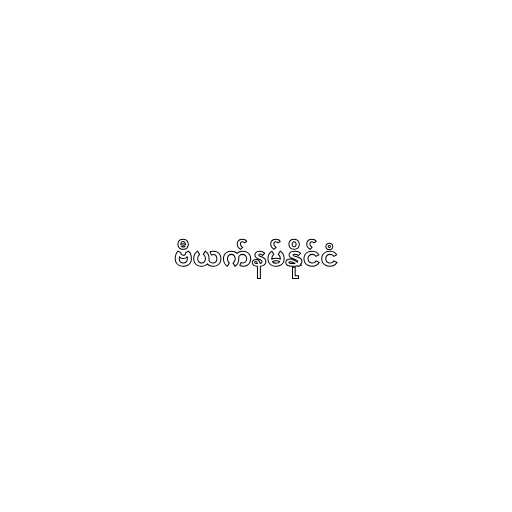
ဗီယက်နမ်နိုင်ငံ